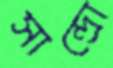
সান্দ্রো